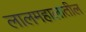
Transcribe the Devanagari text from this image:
लालमहालातील